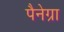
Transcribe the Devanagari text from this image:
पैनेग्रा